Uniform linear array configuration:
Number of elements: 48
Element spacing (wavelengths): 1
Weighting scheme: kaiser
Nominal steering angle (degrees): -45
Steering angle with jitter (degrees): -45.177
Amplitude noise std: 0.05
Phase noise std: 0.05

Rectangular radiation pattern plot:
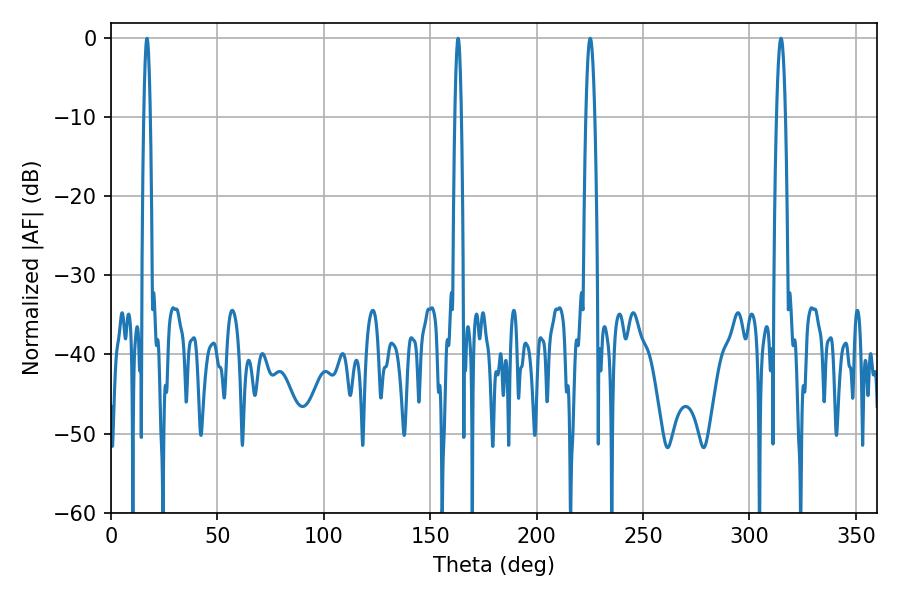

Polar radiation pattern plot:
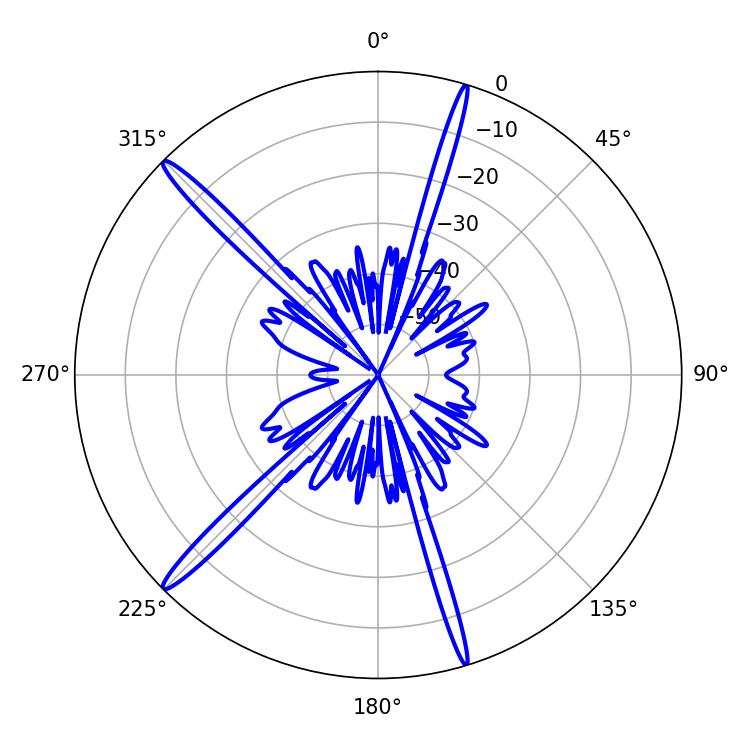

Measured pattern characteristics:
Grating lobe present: TRUE
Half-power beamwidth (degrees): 2.16
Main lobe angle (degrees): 225.18